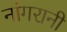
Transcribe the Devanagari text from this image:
नांगरानी